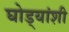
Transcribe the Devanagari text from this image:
घोड्यांशी